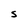
Character: S